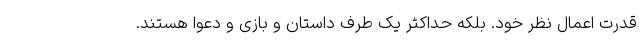
قدرت اعمال نظر خود. بلکه حداکثر یک طرف داستان و بازی و دعوا هستند.